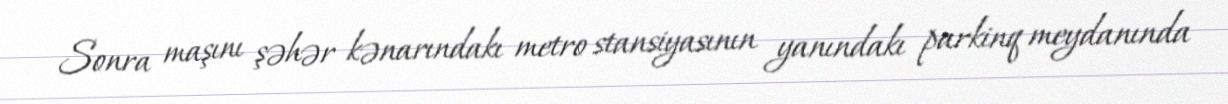
Sonra maşını şəhər kənarındakı metro stansiyasının yanındakı parkinq meydanında